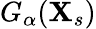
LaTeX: G_{\alpha}(\mathbf{X}_{s})